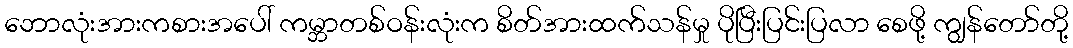
ဘောလုံးအားကစားအပေါ် ကမ္ဘာတစ်ဝန်းလုံးက စိတ်အားထက်သန်မှု ပိုပြီးပြင်းပြလာ စေဖို့ ကျွန်တော်တို့